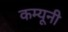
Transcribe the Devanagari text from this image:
कम्यूनी